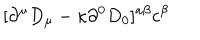
[ \partial ^ { \mu } D _ { \mu } - \kappa \partial ^ { 0 } D _ { 0 } ] ^ { a \beta } c ^ { \beta }